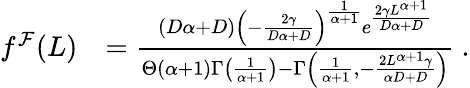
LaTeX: \begin{array}{rl}{f^{\mathcal{F}}(L)}&{=\frac{(D\alpha+D)\left(-\frac{2\gamma}{D\alpha+D}\right)^{\frac{1}{\alpha+1}}e^{\frac{2\gamma L^{\alpha+1}}{D\alpha+D}}}{\Theta(\alpha+1)\Gamma\left(\frac{1}{\alpha+1}\right)-\Gamma\left(\frac{1}{\alpha+1},-\frac{2L^{\alpha+1}\gamma}{\alpha D+D}\right)}\ .}\end{array}